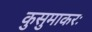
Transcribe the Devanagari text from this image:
कुसुमाकरः